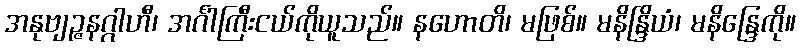
အနုဗျဉ္ဇနဂ္ဂါဟီ၊ အင်္ဂါကြီးငယ်ကိုယူသည်။ နဟောတိ၊ မဖြစ်။ မနိန္ဒြိယံ၊ မနိန္ဒြေကို။